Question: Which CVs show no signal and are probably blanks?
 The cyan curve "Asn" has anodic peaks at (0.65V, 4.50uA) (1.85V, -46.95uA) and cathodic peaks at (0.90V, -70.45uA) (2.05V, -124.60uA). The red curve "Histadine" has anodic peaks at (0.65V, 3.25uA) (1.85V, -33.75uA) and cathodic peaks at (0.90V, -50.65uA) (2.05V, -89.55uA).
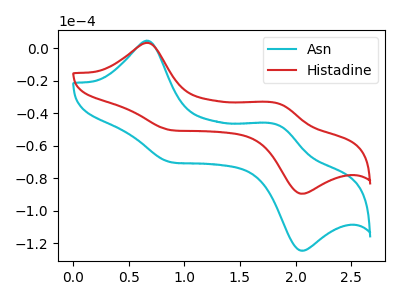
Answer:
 <answer>There are not any CV's on this graph that are likely to be blanks.</answer>
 <eval>none</eval>